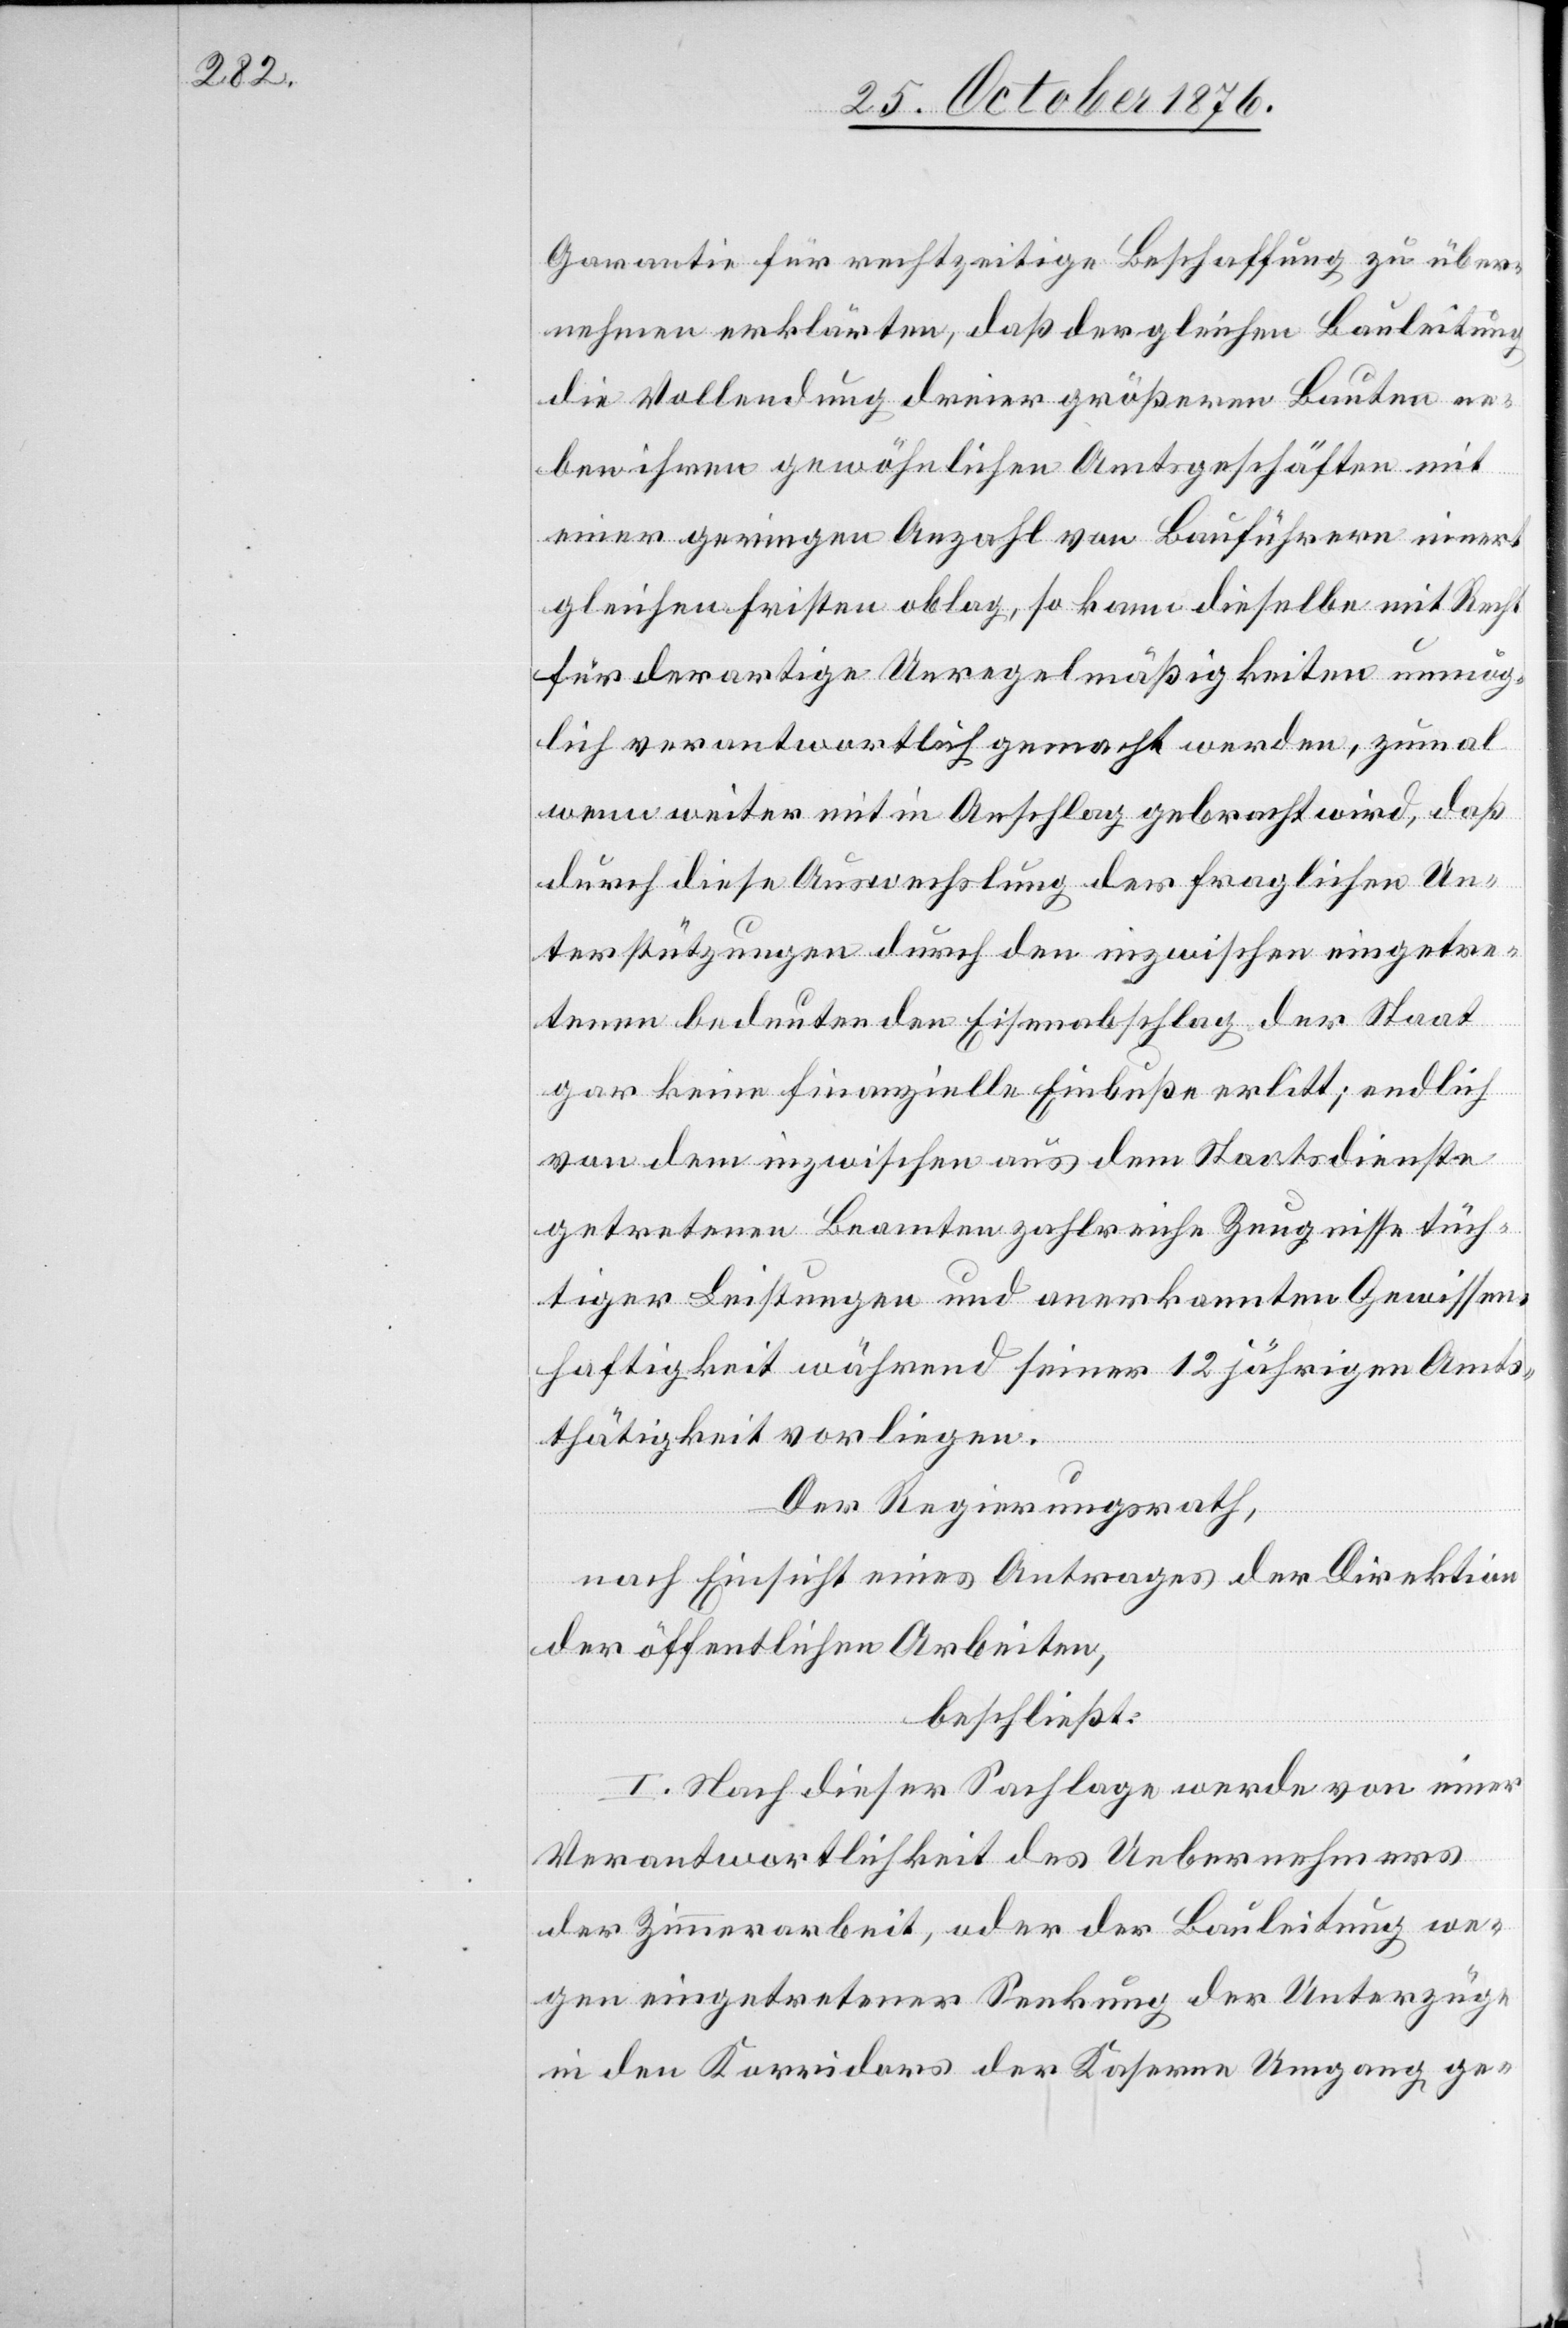
Garantie für rechtzeitige Beschaffung zu über¬
nehmen erklärten, daß dergleichen Bauleitung
die Vollendung dreier größeren Bauten ne¬
ben ihren gewöhnlichen Amtsgeschäften mit
einer geringen Anzahl von Bauführern innert
gleichen Fristen oblag, so kann dieselbe mit Recht
für derartige Unregelmäßigkeiten unmög¬
lich verantwortlich gemacht werden, zumal
wenn weiter mit in Anschlag gebracht wird, daß
durch diese Auswechslung der fraglichen Un¬
terstützungen durch den inzwischen eingetre¬
tenen bedeutenden Eisenabschlag der Staat
gar keine finanzielle Einbuße erlitt; endlich
von dem inzwischen aus dem Staatsdienste
getretenen Beamten zahlreiche Zeugnisse tüch¬
tiger Leistungen und anerkannten Gewissen¬
haftigkeit während seiner 12 jährigen Amts¬
thätigkeit vorliegen.
Der Regierungsrath,
nach Einsicht eines Antrages der Direktion
der öffentlichen Arbeiten,
beschließt:
I. Nach dieser Sachlage werde von einer
Verantwortlichkeit des Uebernehmers
der Zimmerarbeit, oder der Bauleitung we¬
gen eingetretener Senkung der Unterzüge
in den Korridors der Kaserne Umgang ge-